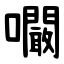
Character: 㘚